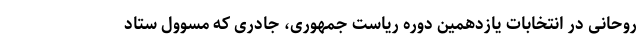
روحانی در انتخابات یازدهمین دوره ریاست جمهوری، جادری که مسوول ستاد